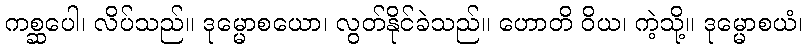
ကစ္ဆပေါ၊ လိပ်သည်။ ဒုမ္မောစယော၊ လွတ်နိုင်ခဲသည်။ ဟောတိ ဝိယ၊ ကဲ့သို့။ ဒုမ္မောစယံ၊